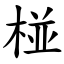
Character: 椪